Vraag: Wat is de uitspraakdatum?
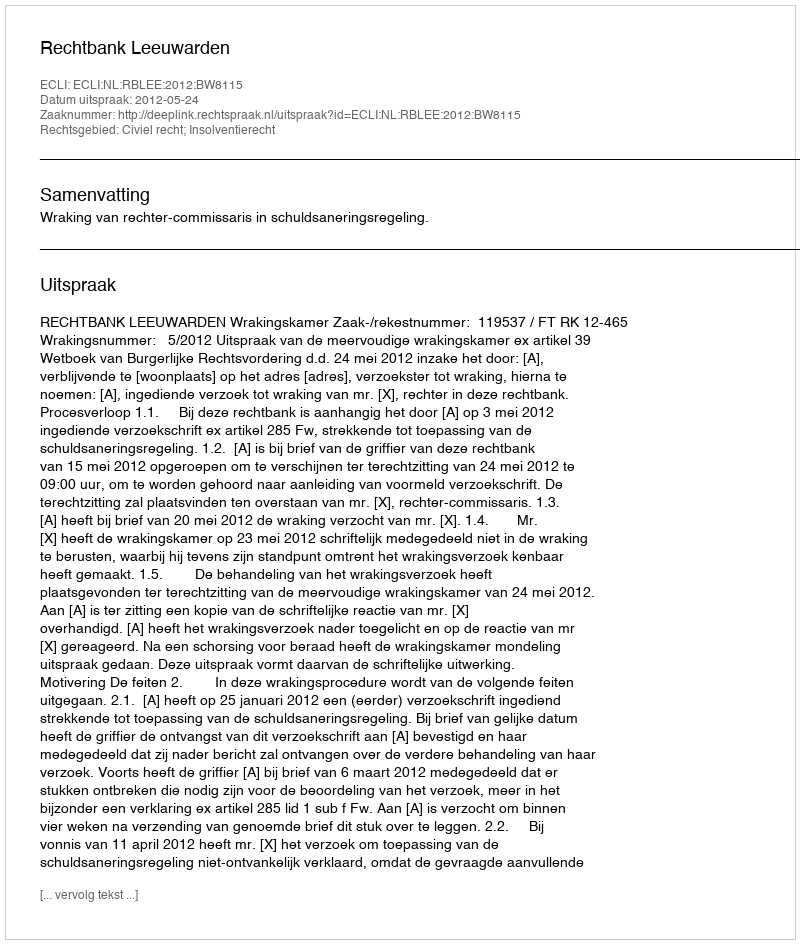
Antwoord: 2012-05-24